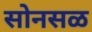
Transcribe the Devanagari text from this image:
सोनसळ